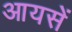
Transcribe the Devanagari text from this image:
आयसें